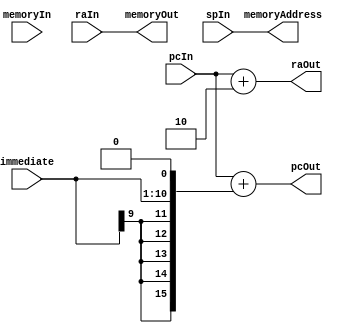

module L_ALU_9 (immediate, spIn, pcIn, pcOut, raIn, raOut, memoryAddress, memoryIn, memoryOut);

// Handles Jump
// Control bits: None
// Immediate bits: instruction[9:0]
// Each ALU is responsible for sign extending their own immediate

	input [9:0] immediate;
	
	input [15:0] spIn;
	input [15:0] pcIn;
	input [15:0] raIn;
	input [15:0] memoryIn;  //useless?
	
	output reg [15:0] pcOut;
	output reg [15:0] raOut;
	output reg [15:0] memoryAddress;
	output reg [15:0] memoryOut;
	
	// Sign extend the immediate value to 16 bits
   wire signed [15:0] imm_extended = {{6{immediate[9]}}, immediate} << 1;
	
	always @(*) begin
	
        //store current RA at the address pointed by SP
        memoryAddress = spIn;
        memoryOut = raIn;

        //calculate new RA as PC + 2 (next instruction address)
        raOut = pcIn + 16'd2;

        //update PC with new addr (PC+ SE(imm))
        pcOut = pcIn + imm_extended;
    end
	
endmodule